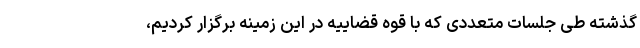
گذشته طی جلسات متعددی که با قوه قضاییه در این زمینه برگزار کردیم،